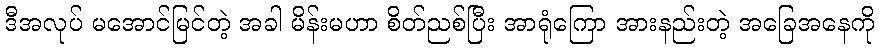
ဒီအလုပ် မအောင်မြင်တဲ့ အခါ မိန်းမဟာ စိတ်ညစ်ပြီး အာရုံကြော အားနည်းတဲ့ အခြေအနေကို